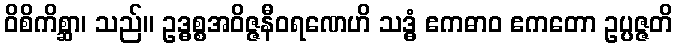
ဝိစိကိစ္ဆာ၊ သည်။ ဥဒ္ဓစ္စအဝိဇ္ဇနီဝရဏေဟိ သဒ္ဓံ ဧကဓာဝ ဧကတော ဥပ္ပဇ္ဇတိ